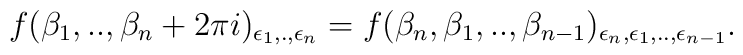
f(\beta_1,..,\beta_n+2\pi i)_{\epsilon_1,.,\epsilon_n}=f(\beta_n,\beta_1,..,\beta_{n-1})_{\epsilon_n,\epsilon_{1},..,\epsilon_{n-1}}.